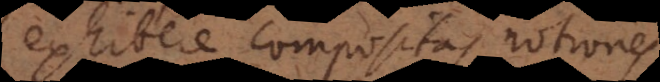
exhibere compositas notiones